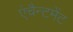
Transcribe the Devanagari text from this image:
एंचैन्टमेंट